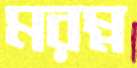
মরম্ন